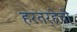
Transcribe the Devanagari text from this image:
हरतर्‍हेची